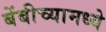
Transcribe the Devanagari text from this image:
बेंबीच्यामध्ये